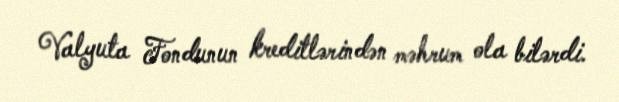
Valyuta Fondunun kreditlərindən məhrum ola bilərdi.